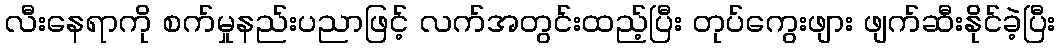
လီးနေရာကို စက်မှုနည်းပညာဖြင့် လက်အတွင်းထည့်ပြီး တုပ်ကွေးဖျား ဖျက်ဆီးနိုင်ခဲ့ပြီး